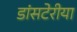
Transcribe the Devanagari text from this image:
डांसटेरीया